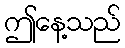
ဤနေ့သည်